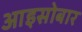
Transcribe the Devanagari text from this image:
आइसोबार